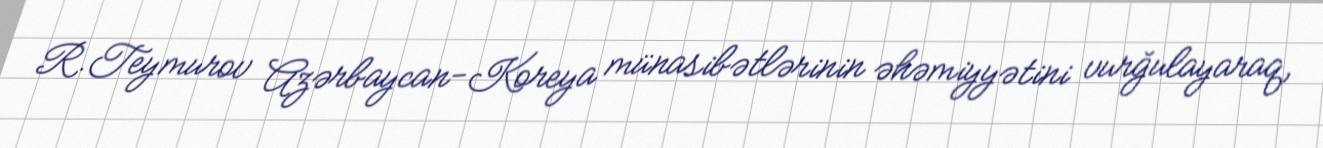
R.Teymurov Azərbaycan-Koreya münasibətlərinin əhəmiyyətini vurğulayaraq,